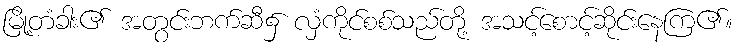
မြို့တံခါး၏ အတွင်းဘက်ဆီ၌ လှံကိုင်စစ်သည်တို့ အသင့်စောင့်ဆိုင်းနေကြ၏။